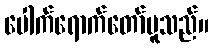
ပေါက်ရောက်တော်မူသည်။